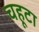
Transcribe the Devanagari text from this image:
चहूटा